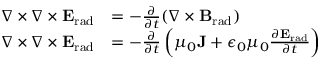
{ \begin{array} { r l } { \nabla \times \nabla \times \mathbf { E } _ { \mathrm { r a d } } } & { = - { \frac { \partial } { \partial t } } ( \nabla \times \mathbf { B } _ { \mathrm { r a d } } ) } \\ { \nabla \times \nabla \times \mathbf { E } _ { \mathrm { r a d } } } & { = - { \frac { \partial } { \partial t } } \left( \mu _ { 0 } \mathbf { J } + \epsilon _ { 0 } \mu _ { 0 } { \frac { \partial \mathbf { E } _ { \mathrm { r a d } } } { \partial t } } \right) } \end{array} }